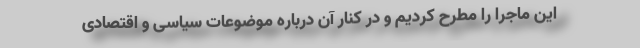
این ماجرا را مطرح کردیم و در کنار آن درباره موضوعات سیاسی و اقتصادی